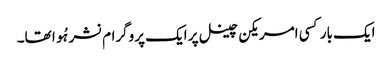
ایک بار کسی امریکن چینل پر ایک پروگرام نشر ہُوا تھا۔